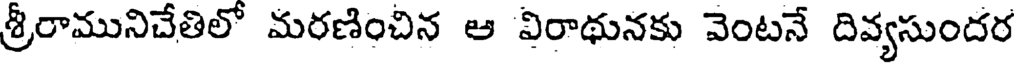
శ్రీరామునిచేతిలో మరణించిన ఆ విరాథునకు వెంటనే దివ్యసుందర